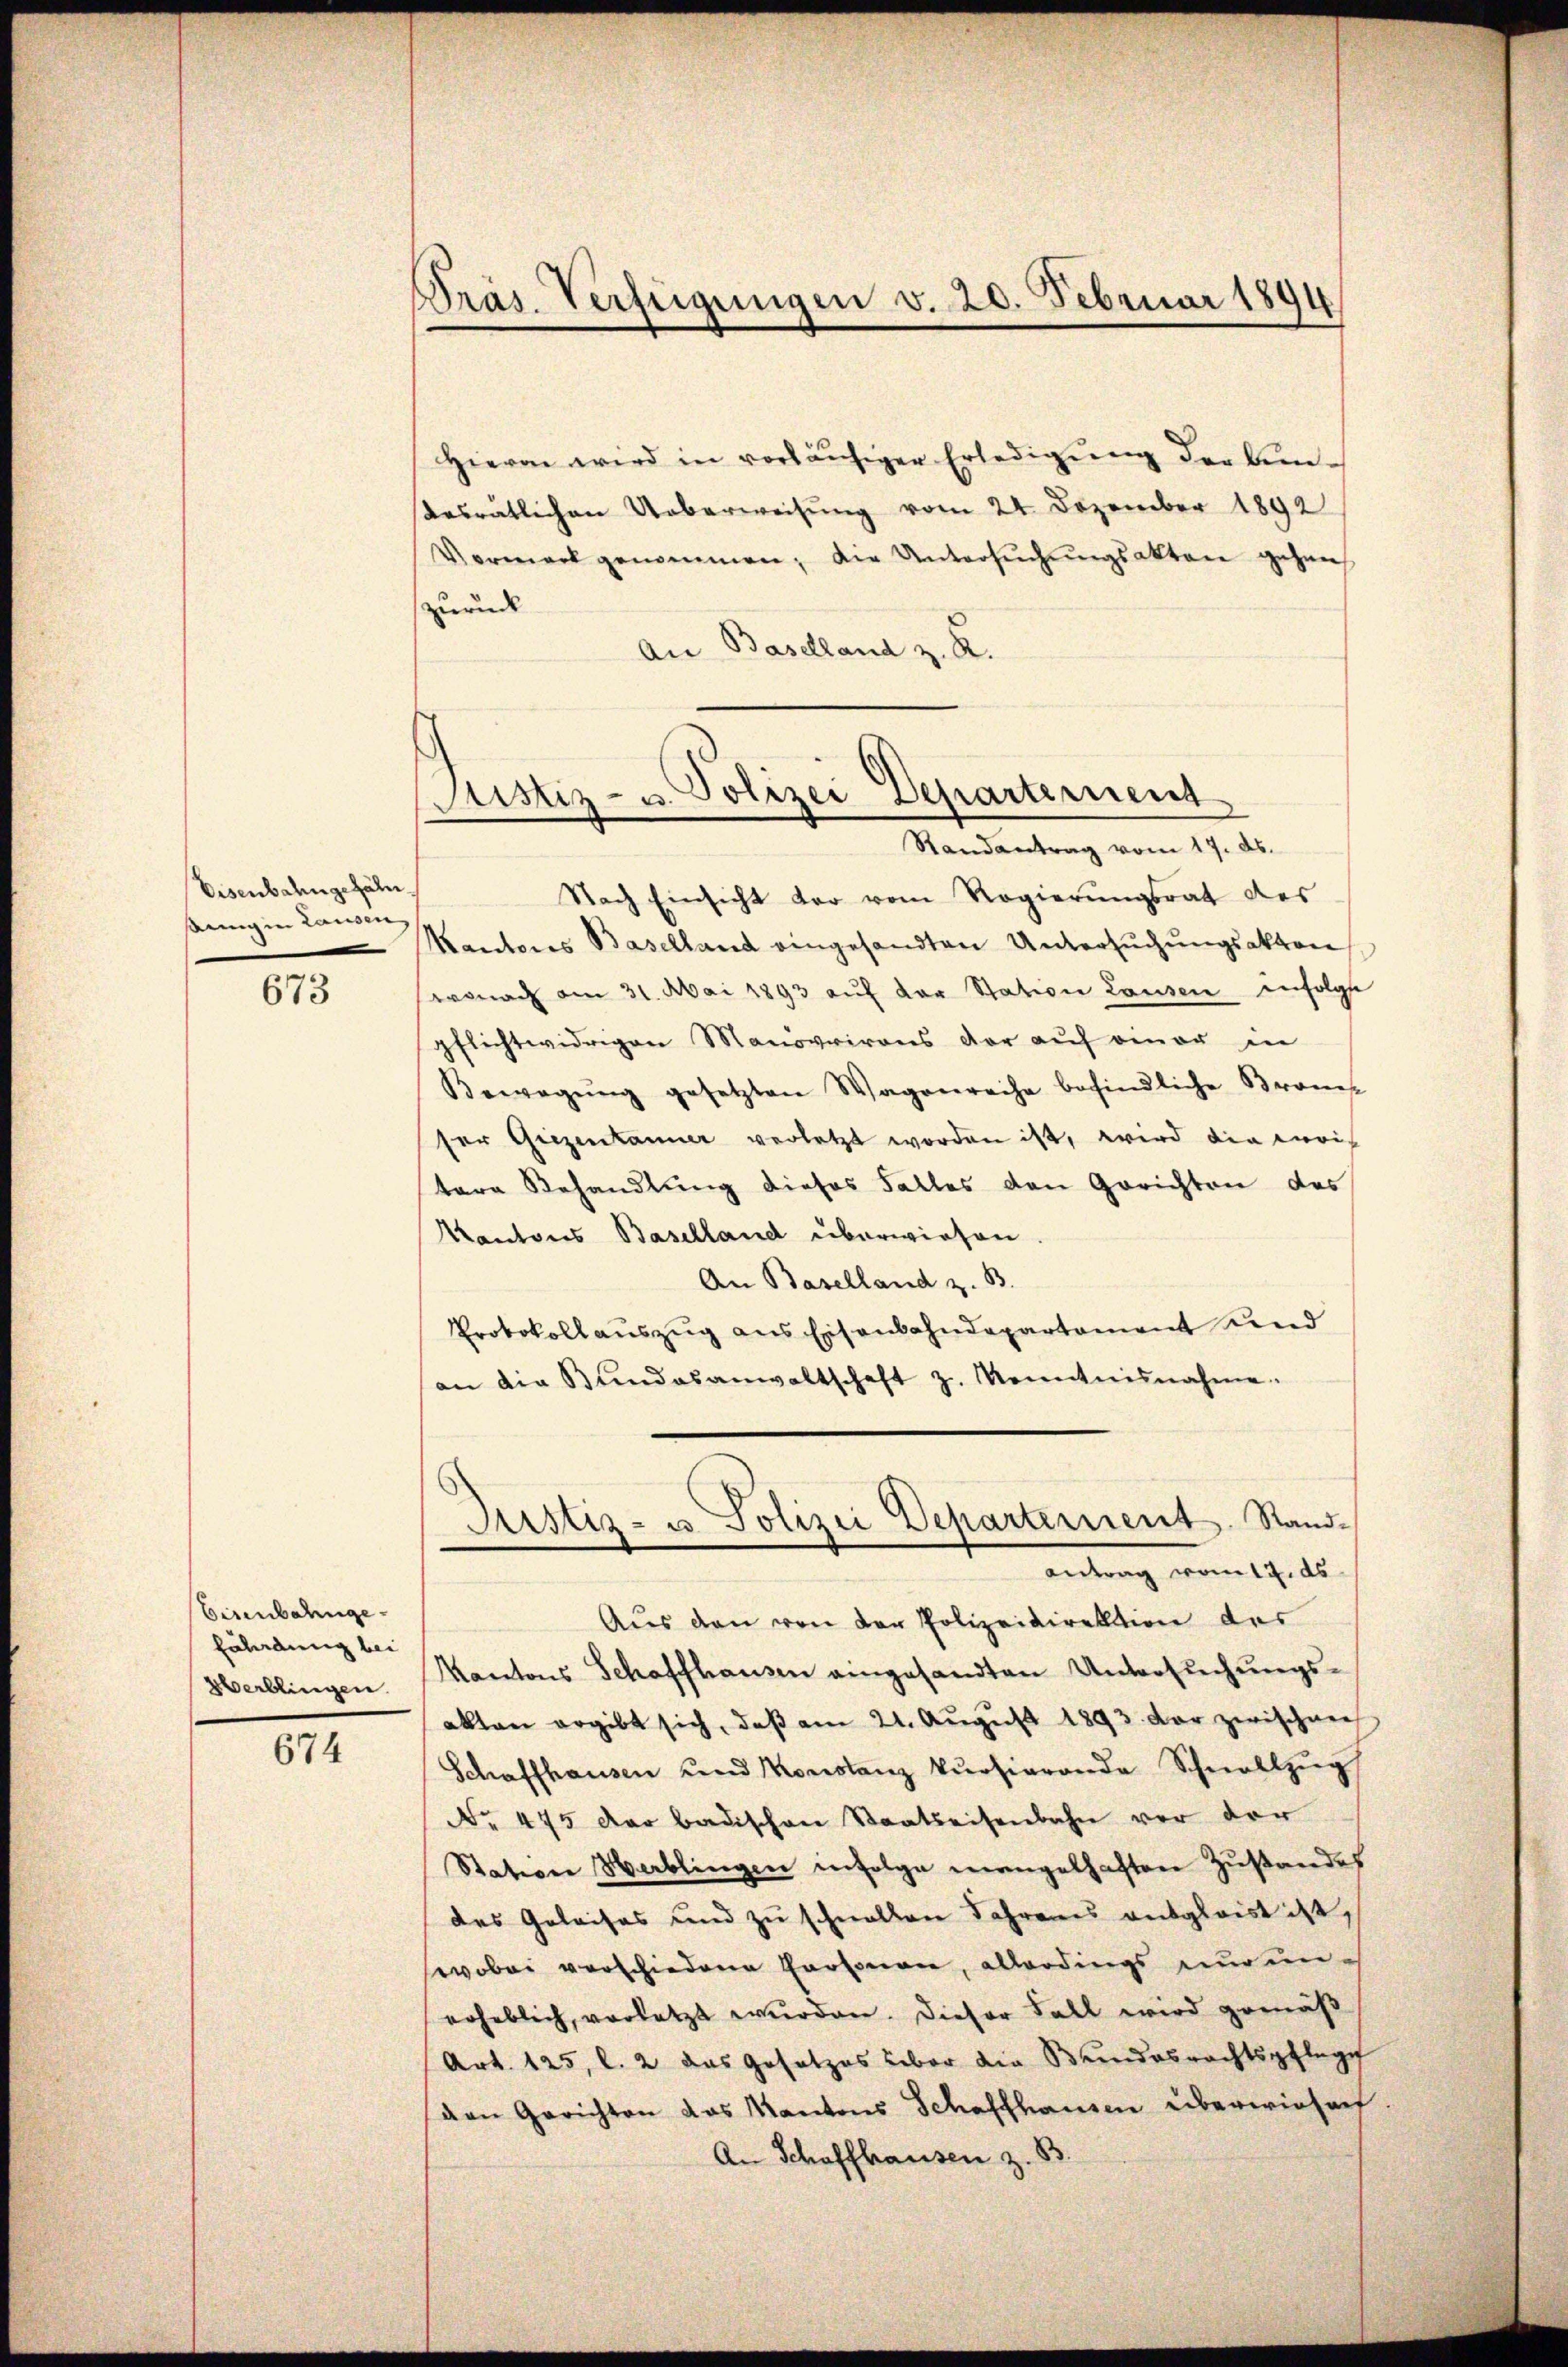
Eisenbahngefäh
sing in Lausen,

673

Eisenbahnge
fährdung bei
Oberblingen.

674

Präs. Verfügungen v. 20. Februar 1894

Hievon wird in vorläŭfiger Erledigŭng der Bundesrätlichen Ueberweisung vom 24. Dezember 1892
Vermerk genommen; die Untersuchungsakten gehan
zurück
An Baselland z. R.

Justiz- u. Polizei Departement
Randantrag vom 17. ds.

Nach Einsicht der vom Regierungsrat des
Kantons Baselland eingesandten Untersŭchŭngsakten
wonach am 31. Mai 1893 auf der Station Lausen infolgt
pflichtwidrigen Manövrirons vor auf einer in
Bewegŭng gesetzten Wagenreihe befindliche Brom-
ser Giezentanner verletzt worden ist, wird die Kois
tere Behandlung dieses Falles den Gerichten des
Kantons Baselland überwiesen.
An Baselland z. B.
Protokollauszug aus Eisenbahndepartement und
an die Bŭndesanwaltschaft z. Kenntnisnahme.

Justiz- u. Polizei Departement. Standantrag vom 12. ds

Aus den von der Polizeidirektion der
Kantons Schaffhausen eingesandten Untersuchungs-
akten ergibt sich, daβ am 21. Aŭgŭst 1893. Der zwischen
Schaffhausen und Monstanz kursierande Schnellzug
No 475 der badischen Staatseisenbahn vor der
Station Herblingen infolge mangelhaften Zustandes
des Geleises und zu schnellen Jahrenes entgleist ist,
wobei verschiedene Personen, allerdings nur unerheblich, vorletzt wŭrden. Dieser Fall wird gemäß
Art. 125, l. 2 das Gesetzes über die Bundesrechtspflege
den Gerichten das Kantons Schaffhausen überwiesen
An Schaffhausen z. B.